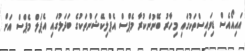
އައިއޯއެސް ޑިވައިސްތަކުގައި މިހާރު ބޭނުންކުރާ މެޕްސް އެޕްލިކޭޝަންތަކުގެ ބަދަލުގައި އެޕަލް މެޕްސް އަށް